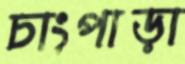
চাংপাড়া